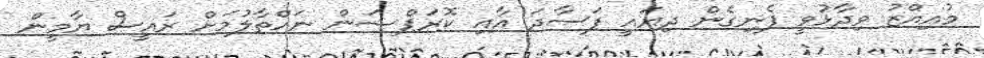
މުއިއްޒު ވިދާޅުވީ ފެނިގެން ދިޔައީ ފަސާދަ އާއި ކޮރަޕްޝަން ނައްތާލުމަށް ރައީސް ޔާމީން